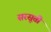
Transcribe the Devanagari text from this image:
सरसूती